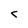
Character: c